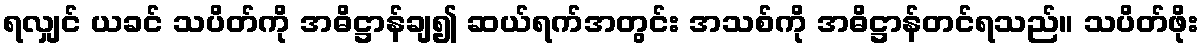
ရလျှင် ယခင် သပိတ်ကို အဓိဋ္ဌာန်ချ၍ ဆယ်ရက်အတွင်း အသစ်ကို အဓိဋ္ဌာန်တင်ရသည်။ သပိတ်ဖိုး